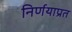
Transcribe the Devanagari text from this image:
निर्णयाप्रत